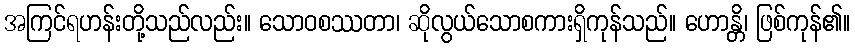
အကြင်ရဟန်းတို့သည်လည်း။ သောဝစဿတာ၊ ဆိုလွယ်သောစကားရှိကုန်သည်။ ဟောန္တိ၊ ဖြစ်ကုန်၏။